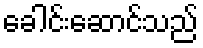
ခေါင်းဆောင်သည်